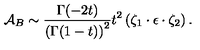
{ \cal A } _ { B } \sim { \frac { \Gamma ( - 2 t ) } { \left( \Gamma ( 1 - t ) \right) ^ { 2 } } } t ^ { 2 } \left( \zeta _ { 1 } \cdot \epsilon \cdot \zeta _ { 2 } \right) .